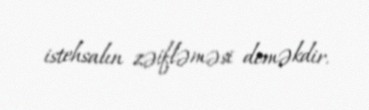
istehsalın zəifləməsi deməkdir.